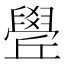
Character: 𦦛